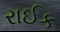
રાઈક